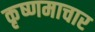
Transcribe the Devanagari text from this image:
कृष्णमाचार